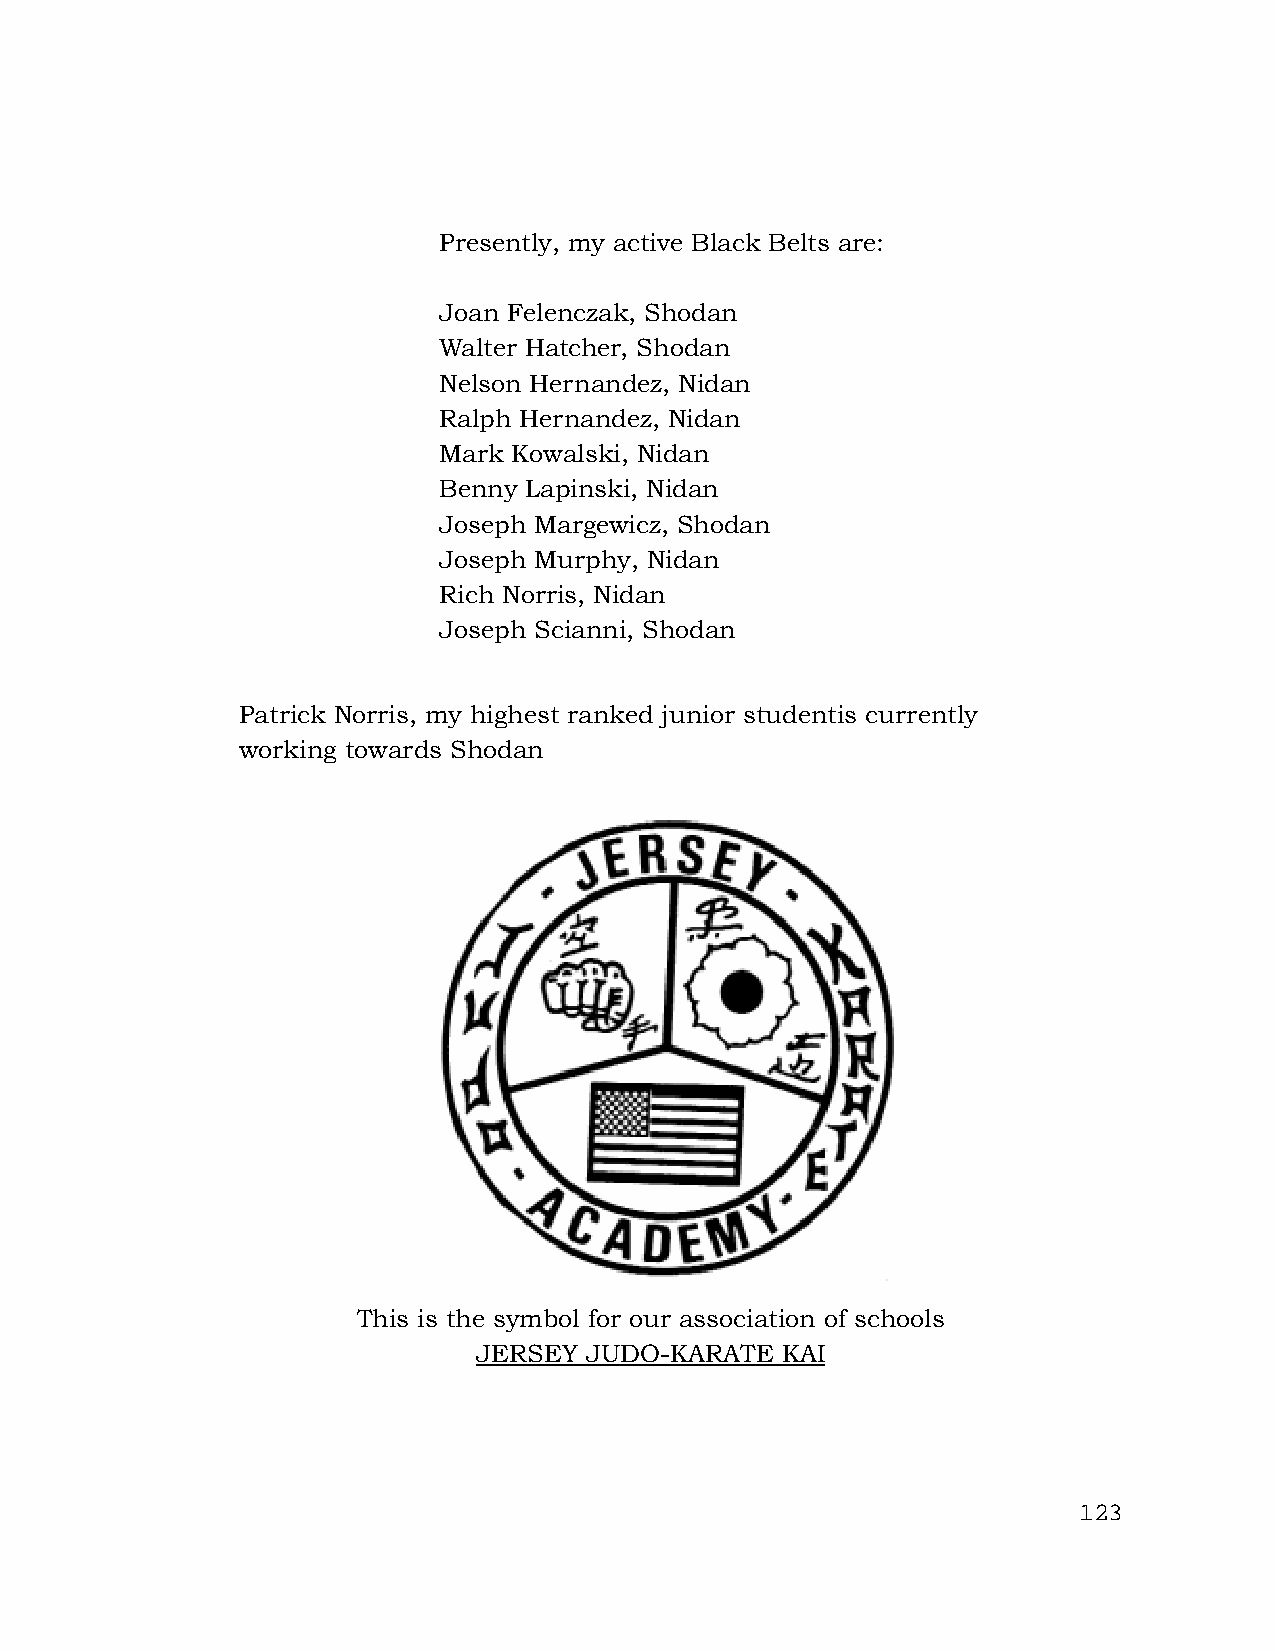
Presently, my active Black Belts are:
 Joan Felenczak, Shodan
 Walter Hatcher, Shodan
 Nelson Hernandez, Nidan
 Ralph Hernandez, Nidan
 Mark Kowalski, Nidan
 Benny Lapinski, Nidan
 Joseph Margewicz, Shodan
 Joseph Murphy, Nidan
 Rich Norris, Nidan
 Joseph Scianni, Shodan
 Patrick Norris, my highest ranked junior studentis currently
 working towards Shodan
 This is the symbol for our association of schools
 JERSEY JUDO-KARATE  KAI
 123